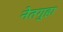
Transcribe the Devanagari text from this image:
नेतगुहा